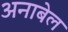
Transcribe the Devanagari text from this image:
अनाबेल